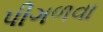
પીગળવા